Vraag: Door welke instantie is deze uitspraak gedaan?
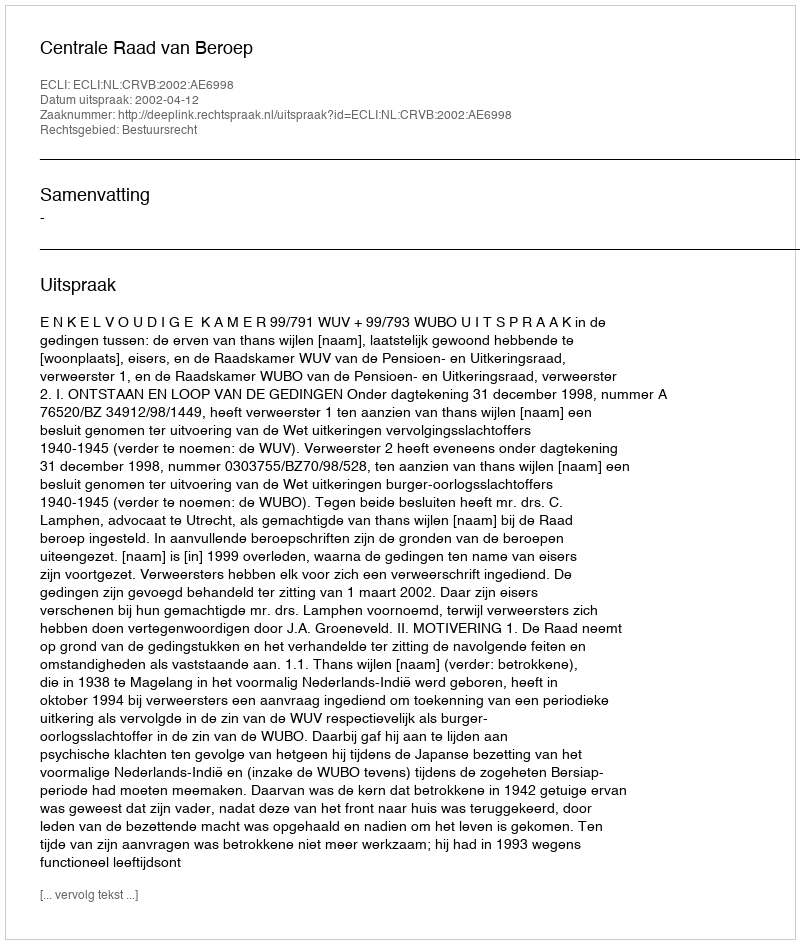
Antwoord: Centrale Raad van Beroep